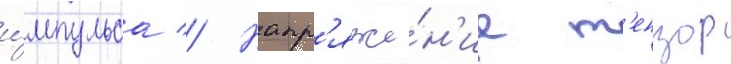
и́мпульса // Напр'яже́н'ие т'ензор